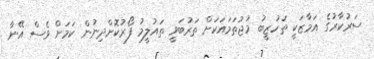
ސަރުކާރުގެ އަމާޒަކީ ތަހުޒީބު މުޖުތަމައަކަށް ތަރުބަވީ ތައުލީމު ފޯރުކޮށްދިނުން ކަމަށް ވެސް އޭނާ